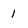
Character: 1